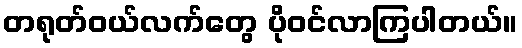
တရုတ်ဝယ်လက်တွေ ပိုဝင်လာကြပါတယ်။